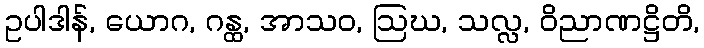
ဥပါဒါန်, ယောဂ, ဂန္ထ, အာသဝ, ဩဃ, သလ္လ, ဝိညာဏဋ္ဌိတိ,